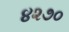
૪૨૭૦